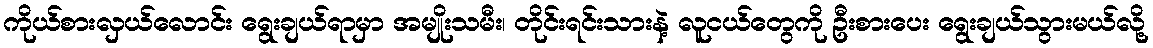
ကိုယ်စားလှယ်လောင်း ရွေးချယ်ရာမှာ အမျိုးသမီး၊ တိုင်းရင်းသားနဲ့ လူငယ်တွေကို ဦးစားပေး ရွေးချယ်သွားမယ်လို့